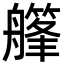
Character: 𦪪